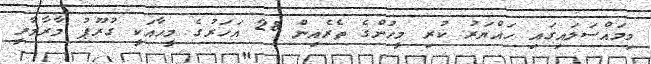
މިމައްސަލައިގައި ހައްޔަރު ކުރި މީހުންގެ ތެރެއިން 28 އަހަރުގެ މީހާއަކީ ގުރޫޕު މާރާމާރީ